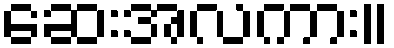
ဆေးအလကား။